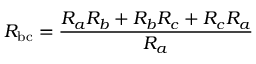
R _ { \mathrm { b c } } = { \frac { R _ { a } R _ { b } + R _ { b } R _ { c } + R _ { c } R _ { a } } { R _ { a } } }